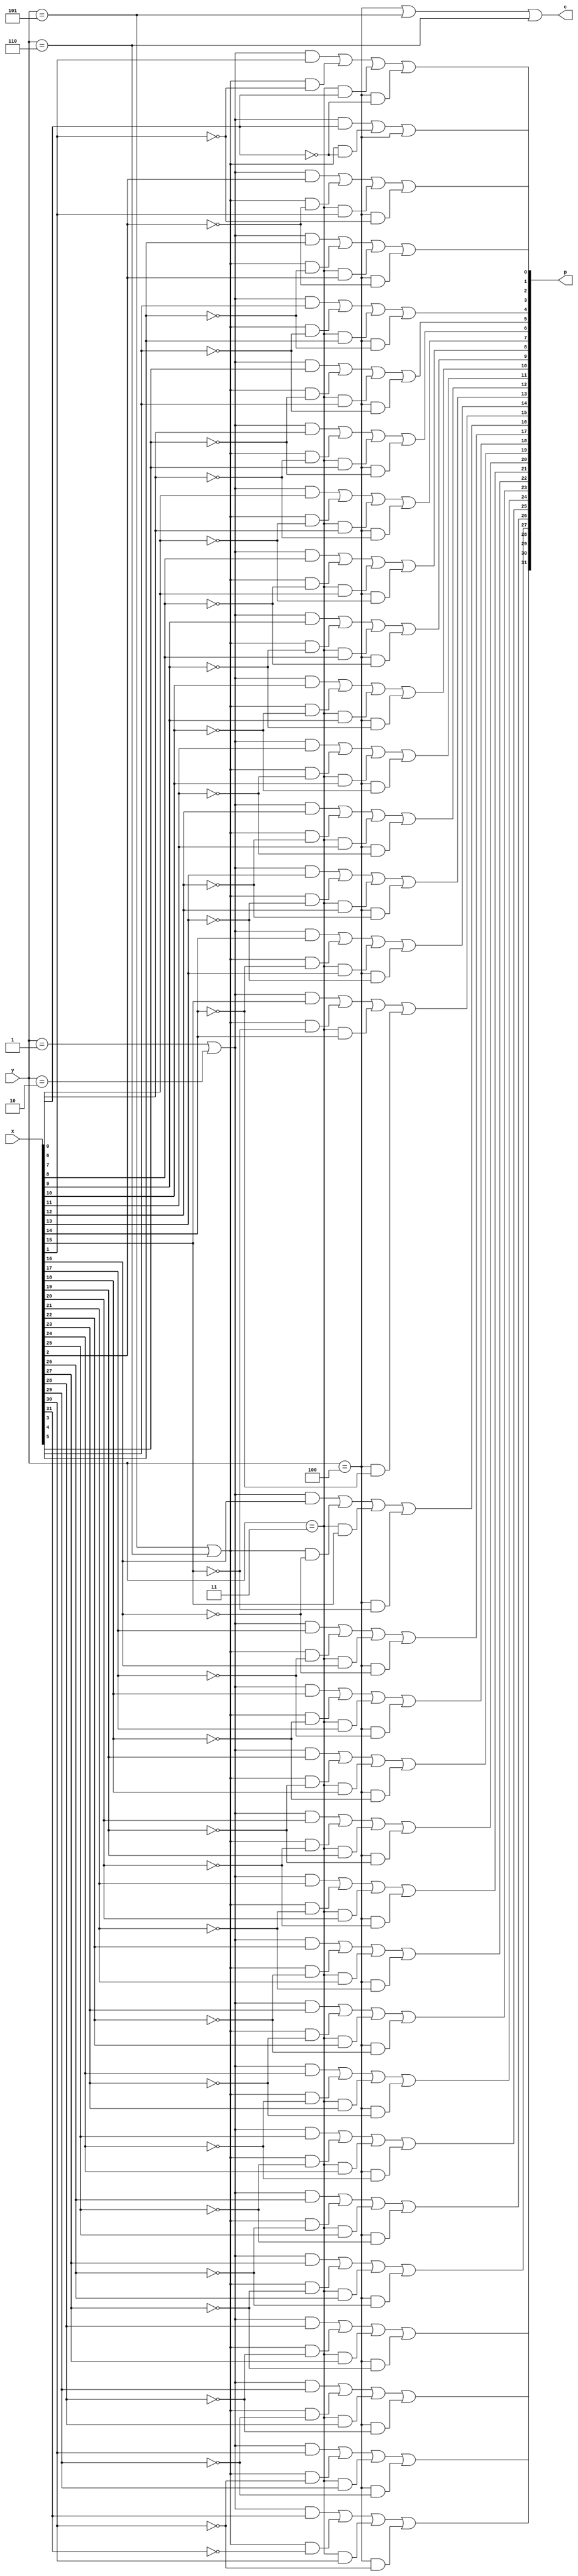
`timescale 1ns / 1ps
//////////////////////////////////////////////////////////////////////////////////
// Company: 
// Engineer: 
// 
// Design Name: 
// Module Name: mul
// Project Name: 
// Target Devices: 
// Tool Versions: 
// Description: 
// 
// Dependencies: 
// 
// Revision:
// Revision 0.01 - File Created
// Additional Comments:
// 
//////////////////////////////////////////////////////////////////////////////////

// partial product generator for booth algorithm
module booth_gen #(
    parameter integer width = 32
)
(
    input [width-1:0] x,
    input [2:0] y,  // {y[i+1], y[i], y[i-1]}
    output [width-1:0] p,
    output c
);

  wire [width:0] x_ = {x, 1'b0};
  generate
    genvar i;
    for (i=0; i<width; i=i+1) begin
      assign p[i] = (y == 3'b001 || y == 3'b010) & x_[i+1]
                  | (y == 3'b101 || y == 3'b110) & ~x_[i+1]
                  | (y == 3'b011) & x_[i]
                  | (y == 3'b100) & ~x_[i];
    end
  endgenerate
  assign c = y == 3'b100 || y == 3'b101 || y == 3'b110;

endmodule

// 17-bit wallace tree unit
module wallace_unit_17(
    input [16:0] in,
    input [14:0] cin,
    output c,
    output out,
    output [14:0] cout
);

  wire [14:0] s;
  assign {cout[0], s[0]} = in[16] + in[15] + in[14];
  assign {cout[1], s[1]} = in[13] + in[12] + in[11];
  assign {cout[2], s[2]} = in[10] + in[9] + in[8];
  assign {cout[3], s[3]} = in[7] + in[6] + in[5];
  assign {cout[4], s[4]} = in[4] + in[3] + in[2];
  assign {cout[5], s[5]} = in[1] + in[0];
  assign {cout[6], s[6]} = s[0] + s[1] + s[2];
  assign {cout[7], s[7]} = s[3] + s[4] + s[5];
  assign {cout[8], s[8]} = cin[0] + cin[1] + cin[2];
  assign {cout[9], s[9]} = cin[3] + cin[4] + cin[5];
  assign {cout[10], s[10]} = s[6] + s[7] + s[8];
  assign {cout[11], s[11]} = s[9] + cin[6] + cin[7];
  assign {cout[12], s[12]} = s[10] + s[11] + cin[8];
  assign {cout[13], s[13]} = cin[9] + cin[10] + cin[11];
  assign {cout[14], s[14]} = s[12] + s[13] + cin[12];
  assign {c, out} = s[14] + cin[13] + cin[14];

endmodule

module mul(
    input mul_clk,
    input resetn,
    input mul_signed,
    input [31:0] x,
    input [31:0] y,
    output [63:0] result
);

  wire [63:0] x_ext = {{32{x[31] & mul_signed}}, x};
  wire [34:0] y_ext = {{2{y[31] & mul_signed}}, y, 1'b0};
  wire [63:0] part_prod [16:0];     // partial product
  wire [16:0] part_switch [63:0];   // switched partial product
  wire [16:0] part_carry;

  genvar i, j;
  generate
    for (i=0; i<17; i=i+1) begin
      booth_gen #(.width(64))
      part_mul(
        .x(x_ext << 2*i),
        .y(y_ext[(i+1)*2:i*2]),
        .p(part_prod[i]),
        .c(part_carry[i])
      );
      for (j=0; j<64; j=j+1) begin
        assign part_switch[j][i] = part_prod[i][j];
      end
    end
  endgenerate

  reg [16:0] part_switch_reg [63:0];
  reg [16:0] part_carry_reg;
  integer k;
  always @(posedge mul_clk) begin
    for (k=0; k<64; k=k+1) begin
      part_switch_reg[k] <= part_switch[k];
    end
    part_carry_reg <= part_carry;
  end

  wire [14:0] wallace_carry [64:0];
  assign wallace_carry[0] = part_carry_reg[14:0];
  wire [63:0] out_carry, out_sum;
  generate
    for (i=0; i<64; i=i+1) begin
      wallace_unit_17 u_wallace(
        .in(part_switch_reg[i]),
        .cin(wallace_carry[i]),
        .c(out_carry[i]),
        .out(out_sum[i]),
        .cout(wallace_carry[i+1])
      );
    end
  endgenerate
  
`ifdef MUL_BARRIER_2
  reg [63:0] add_a_reg, add_b_reg;
  reg add_cin_reg;
  
  always @(posedge mul_clk) begin
    add_a_reg <= {out_carry[62:0], part_carry_reg[15]};
    add_b_reg <= out_sum;
    add_cin_reg <= part_carry_reg[16];
  end
  
  assign result = add_a_reg + add_b_reg + add_cin_reg;
`else
  assign result = {out_carry[62:0], part_carry_reg[15]} + out_sum + part_carry_reg[16];
`endif

endmodule